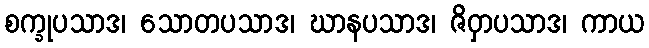
စက္ခုပသာဒ၊ သောတပသာဒ၊ ဃာနပသာဒ၊ ဇိဝှာပသာဒ၊ ကာယ